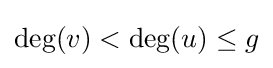
\deg(v)<\deg(u)\leq g